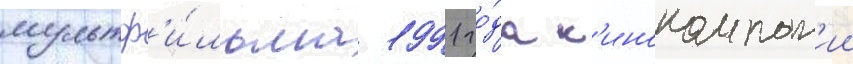
мультф'и́льма 1991 го́да к'инокомпан'ии